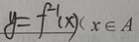
y = f ^ { - 1 } ( x ) < x \in A